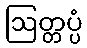
ဩတ္တပ္ပံ